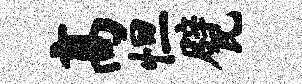
高怛甓